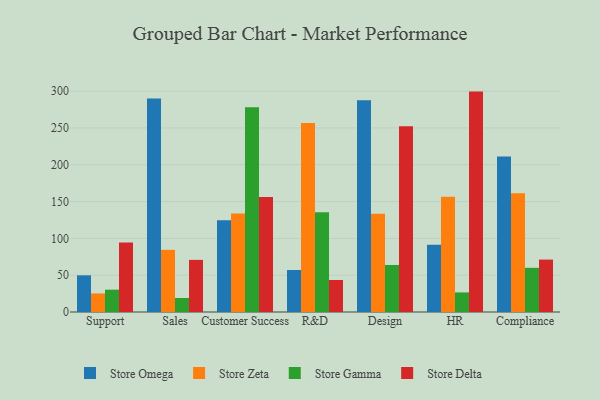
{"axis": {"x": "Department", "y": "Bounce Rate (%)"}, "legend": ["Store Delta", "Store Gamma", "Store Omega", "Store Zeta"], "data": [{"x": "Support", "y": 49.8, "type": "Store Omega"}, {"x": "Support", "y": 25.2, "type": "Store Zeta"}, {"x": "Support", "y": 30.3, "type": "Store Gamma"}, {"x": "Support", "y": 94.3, "type": "Store Delta"}, {"x": "Sales", "y": 289.9, "type": "Store Omega"}, {"x": "Sales", "y": 84.4, "type": "Store Zeta"}, {"x": "Sales", "y": 19.0, "type": "Store Gamma"}, {"x": "Sales", "y": 70.8, "type": "Store Delta"}, {"x": "Customer Success", "y": 124.6, "type": "Store Omega"}, {"x": "Customer Success", "y": 133.9, "type": "Store Zeta"}, {"x": "Customer Success", "y": 278.2, "type": "Store Gamma"}, {"x": "Customer Success", "y": 156.1, "type": "Store Delta"}, {"x": "R&D", "y": 57.1, "type": "Store Omega"}, {"x": "R&D", "y": 256.7, "type": "Store Zeta"}, {"x": "R&D", "y": 135.5, "type": "Store Gamma"}, {"x": "R&D", "y": 43.5, "type": "Store Delta"}, {"x": "Design", "y": 287.6, "type": "Store Omega"}, {"x": "Design", "y": 133.5, "type": "Store Zeta"}, {"x": "Design", "y": 63.9, "type": "Store Gamma"}, {"x": "Design", "y": 252.3, "type": "Store Delta"}, {"x": "HR", "y": 91.3, "type": "Store Omega"}, {"x": "HR", "y": 156.5, "type": "Store Zeta"}, {"x": "HR", "y": 26.6, "type": "Store Gamma"}, {"x": "HR", "y": 299.4, "type": "Store Delta"}, {"x": "Compliance", "y": 211.2, "type": "Store Omega"}, {"x": "Compliance", "y": 161.2, "type": "Store Zeta"}, {"x": "Compliance", "y": 60.0, "type": "Store Gamma"}, {"x": "Compliance", "y": 71.2, "type": "Store Delta"}]}